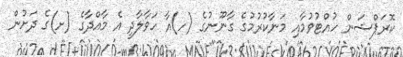
ކޮރަޕްޝަން ހުއްޓުވުމާއި މަނާކުރުމުގެ ގާނޫނުގެ (ހ)އާ ހަވާލާދީ އެ މާއްދާގެ (ށ)ގެ ދަށުން